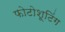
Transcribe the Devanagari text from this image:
फोटोशूटिंग